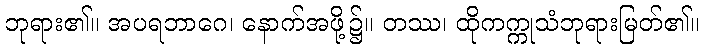
ဘုရား၏။ အပရဘာဂေ၊ နောက်အဖို့၌။ တဿ၊ ထိုကက္ကုသံဘုရားမြတ်၏။